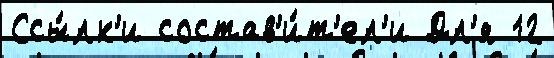
Ссы́лк'и состав'и́т'ел'и Дл'я 12